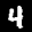
Label: 4